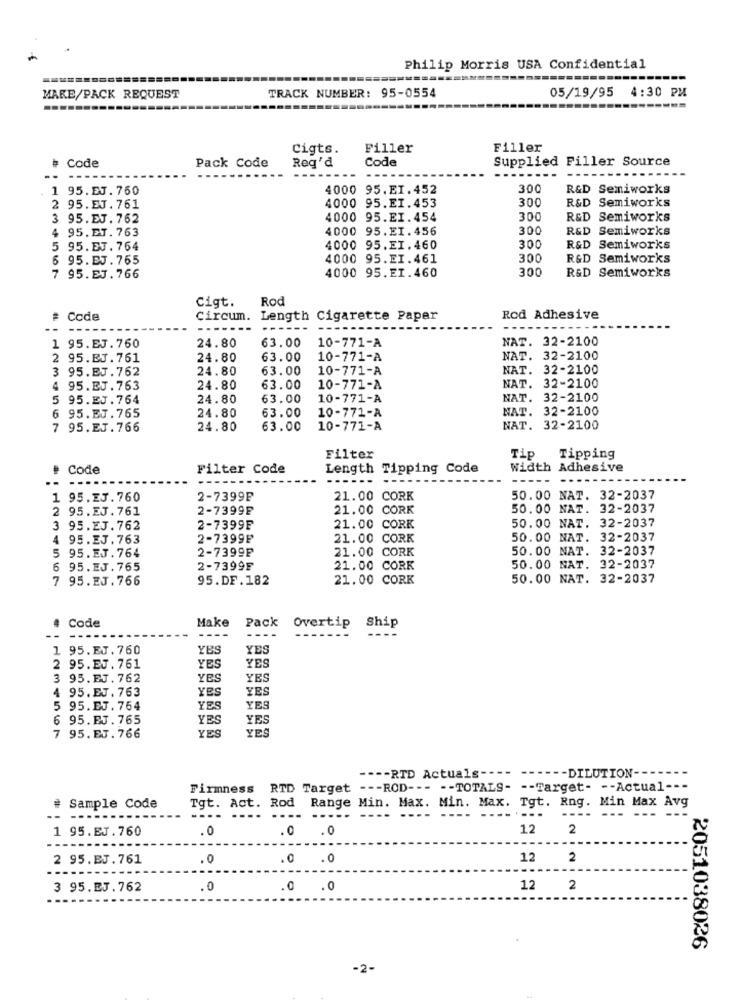
Philip Morris USA Confidential
TRACK NUMBER: 95-0554
05/19/95 4:30 PM
MAKE/PACK REQUEST
Cigts.
Filler
Filler
# Code
Pack Code
Reg'd
Code
Supplied Filler Source
1 95.EJ.760
4000 95.EI.452
300
R&D Semiworks
300
R&D Semiworks
2 95.EJ. 761
4000 95.EI.453
3 95.EJ. 762
4000 95.EI.454
300
R&D Semiworks
4 95.ET. 763
4000 95.EI.456
300
R&D Semiworks
95.EJ. 764
4000 95.EI. 460
300
R&D Semiworks
6 95. EJ. 765
4000 95.EI.461
300
R&D Semiworks
4000 95.EI.460
300
R&D Semiworks
7 95.EJ. 766
Cigt.
Rod
Code
Circum.
Length Cigarette Paper
Rod Adhesive
---
------ --
63.00
10-771-A
NAT. 32-2100
1 95.EJ.760
24.80
2 95.EJ. 761
24.80
63.00
10-771-A
NAT. 32-2100
3 95.EJ.762
24.80
63.00
10-771-A
NAT. 32-2100
NAT. 32-2100
4 95.EJ. 763
24.80
63.00
10-771-A
5 95.EJ.764
24.80
63.00
10-771-A
NAT. 32-2100
24.80
63.00
NAT. 32-2100
6 95.EJ.765
10-771-A
7 95.EJ. 766
24.80
63.00
10-771-A
NAT. 32-2100
Filter
Tip
Tipping
Code
Filter Code
Length Tipping Code
Width Adhesive
------
1 95.23.760
2-7399F
21.00 CORK
50.00 NAT. 32-2037
2 95. EJ. 761
2-7399F
21.00 CORK
50.00 NAT. 32-2037
50.00 NAT. 32-2037
3 95.EJ.762
2-7399F
21.00 CORK
4 95.EJ. 763
2-7399₽
21.00 CORK
50.00 NAT. 32-2037
5 95.EJ. 764
2-7399F
21.00 CORK
50.00 NAT. 32-2037
6 95.EJ. 765
2-7399F
21.00 CORK
50.00 NAT. 32-2037
7 95.EJ. 766
95.DF.182
21.00 CORK
50.00 NAT. 32-2037
# Code
Make
Pack
Overtip
Ship
--
1 95.EJ. 760
YES
YES
YES
2 95.EJ. 761
YES
3 95.EJ. 762
YES
YES
4 95. EJ. 763
YES
YES
5
95.EJ. 764
YES
YES
6 95.EJ. 765
YES
YES
YES
YES
7 95.EJ. 766
---- DILUTION-
---- RTD Actuals ---
Firmness RTD Target --- ROD --- -- TOTALS- -- Target- -- Actual ---
Tgt. Act. Rod Range Min. Max. Min. Max. Tgt. Rng. Min Max Avg
# Sample Code
--- --- ---
----
--- ---- ---- ---.....
----
1 95.EJ.760
.0
.0 .0
12
2
2 95.EJ.761
0 .0
12
2
3 95.EJ.762
.0
.0 .0
12
2
2051038026
-2-